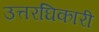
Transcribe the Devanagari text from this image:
उत्तरघिकारी